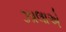
ઝાલાએ